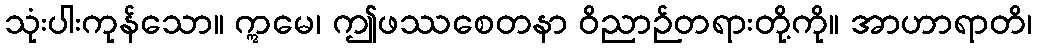
သုံးပါးကုန်သော။ ဣမေ၊ ဤဖဿစေတနာ ဝိညာဉ်တရားတို့ကို။ အာဟာရာတိ၊